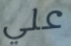
علي